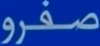
صفرو